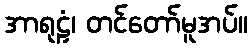
အာရုဠှံ၊ တင်တော်မူအပ်။